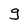
Character: g